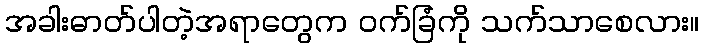
အခါးဓာတ်ပါတဲ့အရာတွေက ဝက်ခြံကို သက်သာစေလား။